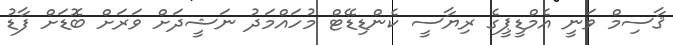
ޤާސިމް ވަނީ އެމްޑީޕީގެ ރިޔާސީ ކެންޑިޑޭޓް މުހައްމަދު ނަޝީދަށް ވަރަށް ބޮޑަށް ފާޑު